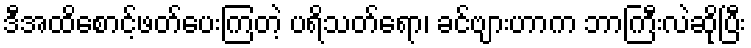
ဒီအထိစောင့်ဖတ်ပေးကြတဲ့ ပရိသတ်ရော၊ ခင်ဗျားဟာက ဘာကြီးလဲဆိုပြီး